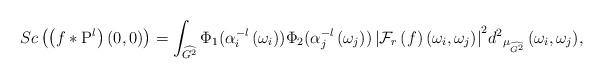
LaTeX: \begin{align*}Sc\left(\left(f*{{\rm P}}^l\right)\left(0,0\right)\right)=\int_{\widehat{G^2}}{{{\Phi }_1({\alpha }^{-l}_i\left(\omega_i\right)){\Phi }_2({\alpha }^{-l}_j\left(\omega_j\right))\left|{\mathcal{F}}_r\left(f\right)\left(\omega_i,\omega_j\right)\right|}^2{d^2}_{{\mu }_{\widehat{G^2}}}\left(\omega_i,\omega_j\right)},\end{align*}